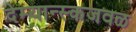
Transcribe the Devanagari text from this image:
देम्यान्स्कजवळ